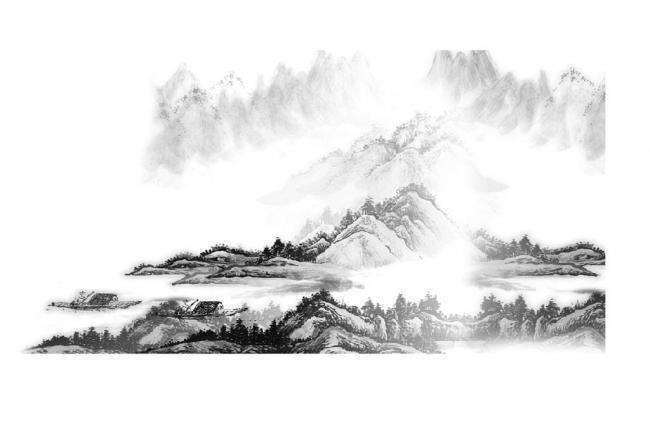
白鸟明边帆影直。隔江闻夜笛。